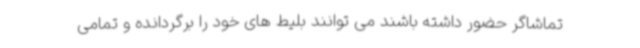
تماشاگر حضور داشته باشند می توانند بلیط های خود را برگردانده و تمامی